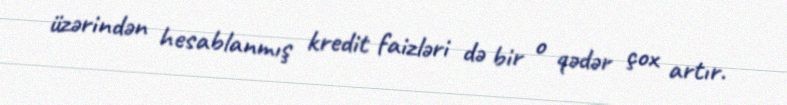
üzərindən hesablanmış kredit faizləri də bir o qədər çox artır.